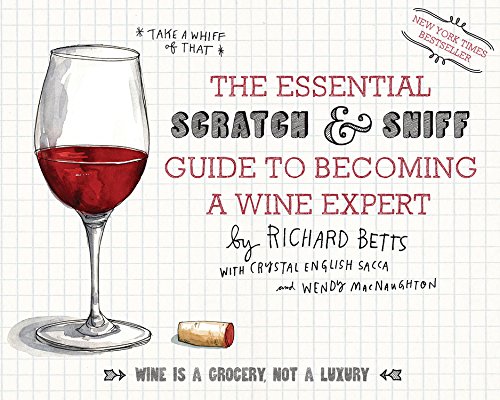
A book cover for The Essential Scratch and Sniff Guide to Becoming a Wine Expert: Take a Whiff of That; Richard Betts; Cookbooks, Food & Wine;